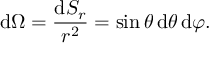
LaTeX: \mathrm { d } \Omega = { \frac { \mathrm { d } S _ { r } } { r ^ { 2 } } } = \sin \theta \, \mathrm { d } \theta \, \mathrm { d } \varphi .